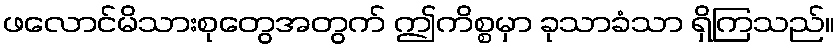
ဖလောင်မိသားစုတွေအတွက် ဤကိစ္စမှာ ခုသာခံသာ ရှိကြသည်။